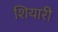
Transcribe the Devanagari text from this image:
शियारी